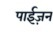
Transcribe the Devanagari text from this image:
पाईज़न